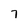
Character: 7